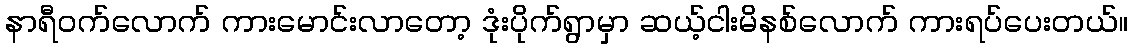
နာရီဝက်လောက် ကားမောင်းလာတော့ ဒုံးပိုက်ရွာမှာ ဆယ့်ငါးမိနစ်လောက် ကားရပ်ပေးတယ်။